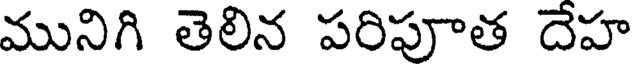
మునిగి తెలిన పరిపూత దేహ